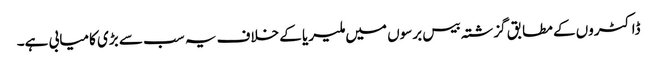
ڈاکٹروں کے مطابق گزشتہ بیس برسوں میں ملیریا کے خلاف یہ سب سے بڑی کامیابی ہے۔